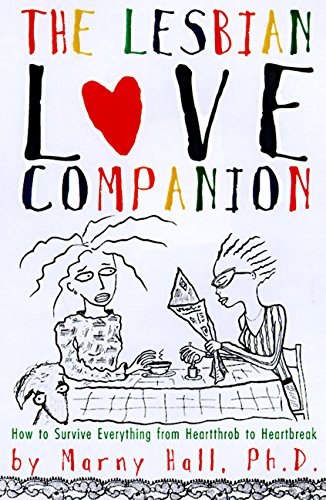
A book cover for The Lesbian Love Companion : How to Survive Everything From Heartthrob to Heartbreak; Marny Hall; Gay & Lesbian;